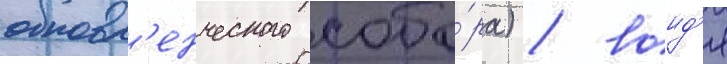
обновл'енческого собо́ра) / воид'я